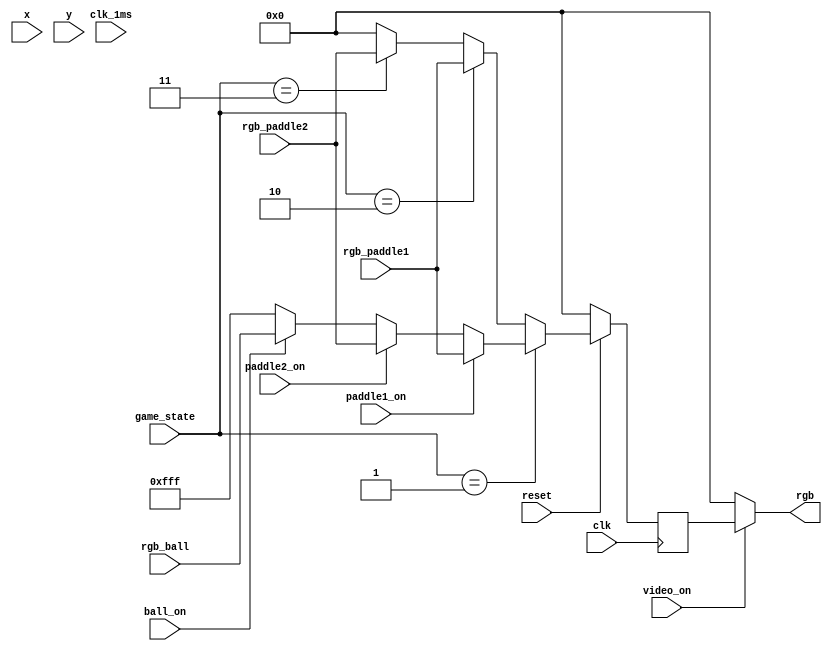
module VGA_Display(
	input clk, reset,
	input [9:0] x, y,//position of point
	input video_on,
	output [11:0]rgb,
	input clk_1ms,
	input paddle1_on, paddle2_on, ball_on, 
	input [11:0]rgb_paddle1, rgb_paddle2, rgb_ball,
	input [1:0] game_state
	);
	
	reg [11:0] rgb_reg;
	
	always @(posedge clk)
	begin
	if (!reset)
		rgb_reg <= 0;
	else
		begin
			if (game_state == 2'b01)
			begin
			//drawing components on screen by detecting if object signal is on
				if (paddle1_on)
					rgb_reg <= rgb_paddle1;
				else if (paddle2_on) 
					rgb_reg <= rgb_paddle2;
				else if (ball_on)
					rgb_reg <= rgb_ball;
				else
					rgb_reg <= 12'b111111111111;
			end
			else if (game_state == 2'b10)
				rgb_reg <= rgb_paddle1;
			else if (game_state == 2'b11)
				rgb_reg <= rgb_paddle2;
			else rgb_reg <= 0;
		end
	end
	//if video on they display 
	assign rgb = (video_on) ? rgb_reg : 8'b0;
	
endmodule